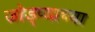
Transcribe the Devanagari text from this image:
जोड्प्याच्या